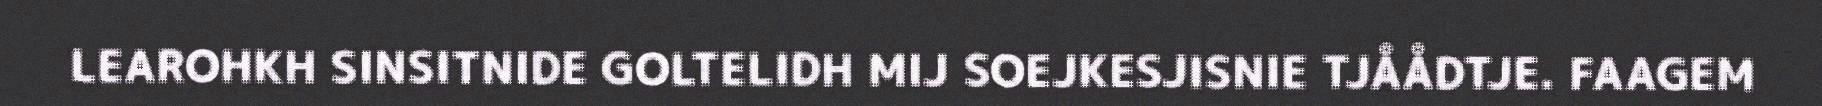
LEAROHKH SINSITNIDE GOLTELIDH MIJ SOEJKESJISNIE TJÅÅDTJE. FAAGEM